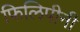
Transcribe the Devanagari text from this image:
फिलिपीनी